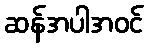
ဆန်အပါအဝင်